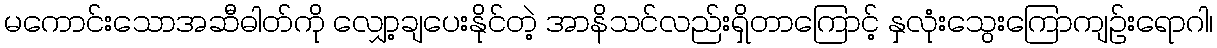
မကောင်းသောအဆီဓါတ်ကို လျှော့ချပေးနိုင်တဲ့ အာနိသင်လည်းရှိတာကြောင့် နှလုံးသွေးကြောကျဉ်းရောဂါ၊